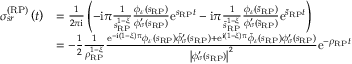
\begin{array} { r l } { \sigma _ { s r } ^ { \left( \mathrm { R P } \right) } \left( t \right) } & { = \frac { 1 } { 2 \pi \mathrm { i } } \left( - \mathrm { i } \pi \frac { 1 } { s _ { \scriptscriptstyle { \mathrm { R P } } } ^ { 1 - \xi } } \frac { \phi _ { \varepsilon } \left( s _ { \scriptscriptstyle { \mathrm { R P } } } \right) } { \phi _ { \sigma } ^ { \prime } \left( s _ { \scriptscriptstyle { \mathrm { R P } } } \right) } \mathrm { e } ^ { s _ { \scriptscriptstyle { \mathrm { R P } } } t } - \mathrm { i } \pi \frac { 1 } { \bar { s } _ { \scriptscriptstyle { \mathrm { R P } } } ^ { 1 - \xi } } \frac { \phi _ { \varepsilon } \left( \bar { s } _ { \scriptscriptstyle { \mathrm { R P } } } \right) } { \phi _ { \sigma } ^ { \prime } \left( \bar { s } _ { \scriptscriptstyle { \mathrm { R P } } } \right) } \mathrm { e } ^ { \bar { s } _ { \scriptscriptstyle { \mathrm { R P } } } t } \right) } \\ & { = - \frac { 1 } { 2 } \frac { 1 } { \rho _ { \scriptscriptstyle { \mathrm { R P } } } ^ { 1 - \xi } } \frac { \mathrm { e } ^ { - \mathrm { i } \left( 1 - \xi \right) \pi } \phi _ { \varepsilon } \left( s _ { \scriptscriptstyle { \mathrm { R P } } } \right) \bar { \phi } _ { \sigma } ^ { \prime } \left( s _ { \scriptscriptstyle { \mathrm { R P } } } \right) + \mathrm { e } ^ { \mathrm { i } \left( 1 - \xi \right) \pi } \bar { \phi } _ { \varepsilon } \left( s _ { \scriptscriptstyle { \mathrm { R P } } } \right) \phi _ { \sigma } ^ { \prime } \left( s _ { \scriptscriptstyle { \mathrm { R P } } } \right) } { \left\vert \phi _ { \sigma } ^ { \prime } \left( s _ { \scriptscriptstyle { \mathrm { R P } } } \right) \right\vert ^ { 2 } } \mathrm { e } ^ { - \rho _ { \scriptscriptstyle { \mathrm { R P } } } t } } \end{array}